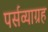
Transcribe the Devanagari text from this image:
पर्सव्याग्रह